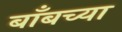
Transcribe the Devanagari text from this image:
बाँबच्या